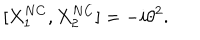
LaTeX: [ { X } _ { 1 } ^ { N C } , { X } _ { 2 } ^ { N C } ] = - i { \theta } ^ { 2 } .